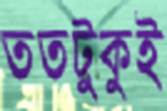
ততটুকুই